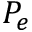
P _ { e }